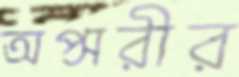
অপ্সরীর